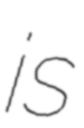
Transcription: is